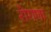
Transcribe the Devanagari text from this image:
रोगणा